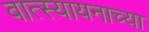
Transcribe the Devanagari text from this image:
वात्स्यायनाच्या